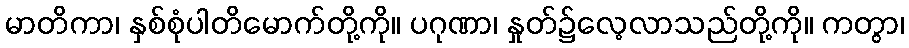
မာတိကာ၊ နှစ်စုံပါတိမောက်တို့ကို။ ပဂုဏာ၊ နှုတ်၌လေ့လာသည်တို့ကို။ ကတွာ၊